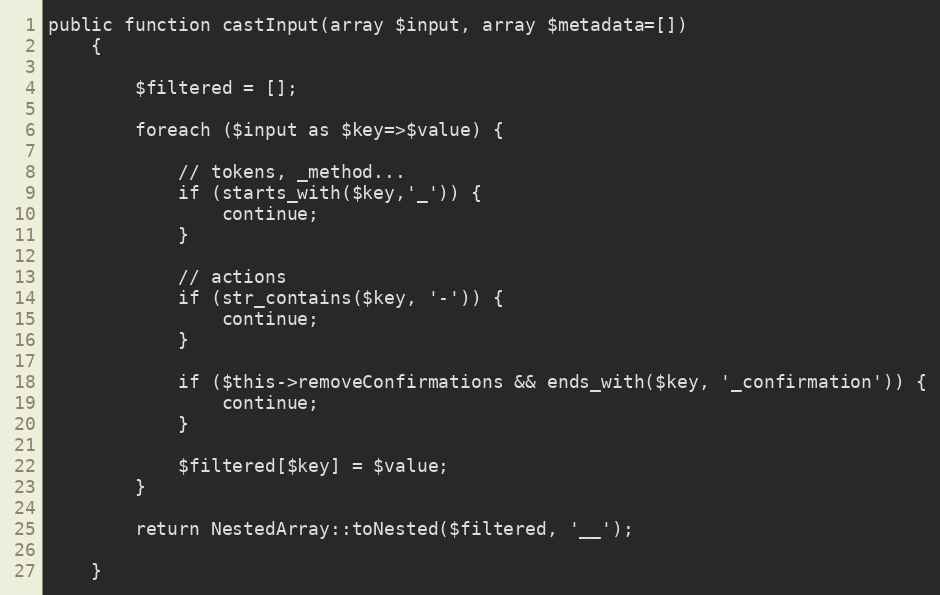
Language: PHP
public function castInput(array $input, array $metadata=[])
    {

        $filtered = [];

        foreach ($input as $key=>$value) {

            // tokens, _method...
            if (starts_with($key,'_')) {
                continue;
            }

            // actions
            if (str_contains($key, '-')) {
                continue;
            }

            if ($this->removeConfirmations && ends_with($key, '_confirmation')) {
                continue;
            }

            $filtered[$key] = $value;
        }

        return NestedArray::toNested($filtered, '__');

    }